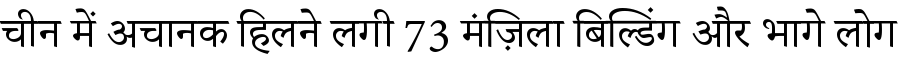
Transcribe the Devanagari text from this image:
चीन में अचानक हिलने लगी 73 मंज़िला बिल्डिंग और भागे लोग